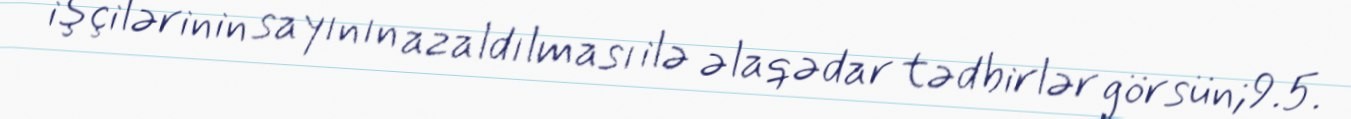
işçilərinin sayının azaldılması ilə əlaqədar tədbirlər görsün;9.5.